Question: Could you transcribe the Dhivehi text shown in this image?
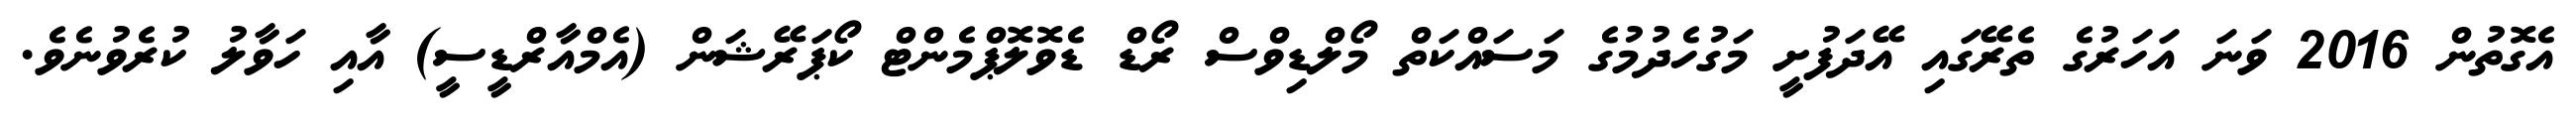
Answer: އެގޮތުން 2016 ވަނަ އަހަރުގެ ތެރޭގައި އޭދަފުށީ މަގުހެދުމުގެ މަސައްކަތް މޯލްޑިވްސް ރޯޑް ޑެވޮލޮޕްމެންޓް ކޯޕަރޭޝަން (އެމްއާރްޑީސީ) އާއި ހަވާލު ކުރެވުނެވެ.